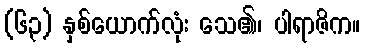
(၆၃) နှစ်ယောက်လုံး သေ၏၊ ပါရာဇိက။